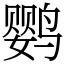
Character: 鹦